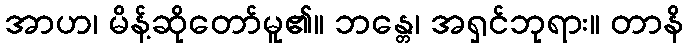
အာဟ၊ မိန့်ဆိုတော်မူ၏။ ဘန္တေ၊ အရှင်ဘုရား။ တာနိ